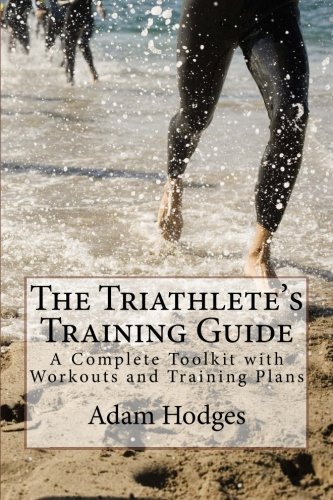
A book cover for The Triathlete's Training Guide: A Complete Toolkit with Workouts and Training Plans; Adam Hodges; Health, Fitness & Dieting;